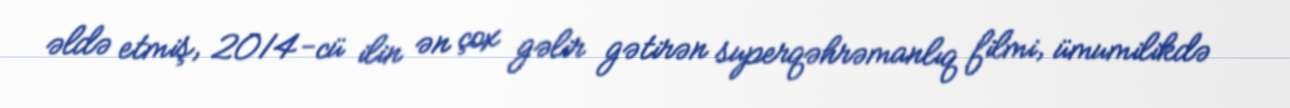
əldə etmiş, 2014-cü ilin ən çox gəlir gətirən superqəhrəmanlıq filmi, ümumilikdə